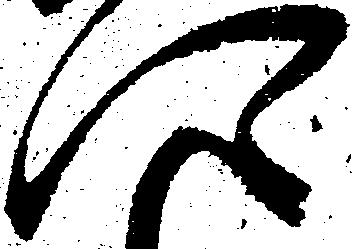
に